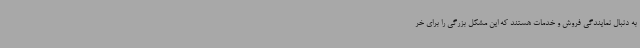
به دنبال نمایندگی فروش و خدمات هستند که این مشکل بزرگی را برای خر